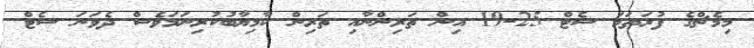
މިމެޗްގެ ފުރަތަމަ ސެޓް 25-19 އިން ތަރިންނާއި ތަރިން ކާމިޔާބުކުރިނަމަވެސް ދެވަނަ ސެޓް